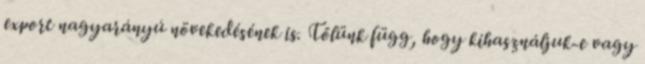
export nagyarányú növekedésének is. Tőlünk függ, hogy kihasználjuk-e vagy